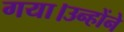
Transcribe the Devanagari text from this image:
गया।उन्होंने